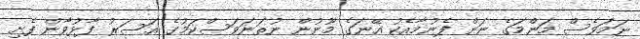
ނަމަވެސް މަންމަގެ ނަން ފެނުމާއެކު އޭނަގެ މޫނުން ނުތަނަވަސްކަމުގެ އަސަރު ފާޅުވާން ފެށި